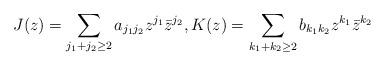
LaTeX: \begin{align*}J(z)= \sum_{j_1 + j_2 \ge 2} a_{j_1 j_2} z^{j_1} \bar{z}^{j_2}, K(z) = \sum_{k_1 + k_2 \ge 2} b_{k_1 k_2} z^{k_1} \bar{z}^{k_2}\end{align*}